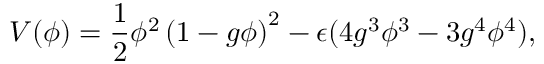
V ( \phi ) = { \frac { 1 } { 2 } } \phi ^ { 2 } \left( 1 - g \phi \right) ^ { 2 } - \epsilon ( 4 g ^ { 3 } \phi ^ { 3 } - 3 g ^ { 4 } \phi ^ { 4 } ) ,